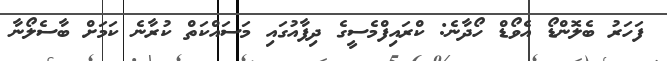
ފަހަރު ބެލޮންޑޯ އެވޯޑް ހޯދާނެ: ކްރައިފްމެސީގެ ދިފާއުގައި މަސައްކަތް ކުރާނެ ކަމަށް ބާސެލޯނާ